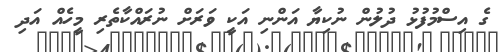
ގެ އިސްމުފުޅު ދުލުން ނުކިޔާ އަންނި އަކީ ވަރަށް ނުރައްކާތެރި މީހެއް އަދި